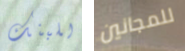
للبنك للمجانين